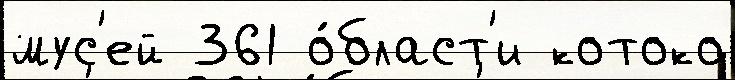
мус'ей 361 о́бласт'и котоко